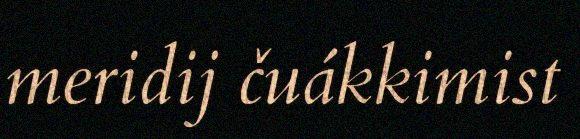
meridij čuákkimist